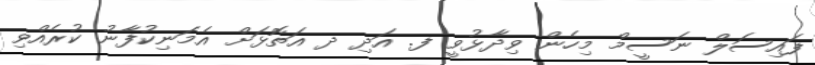
ފައިސަލް ނަސީމް މިހެން ވިދާޅުވީ ފ. އަދި ދ އަތޮޅަށް އެމަނިކުފާނު ކުރެއްވި